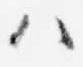
ハ